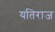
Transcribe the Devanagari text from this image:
यतिराज